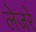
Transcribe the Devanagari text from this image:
लेजरे